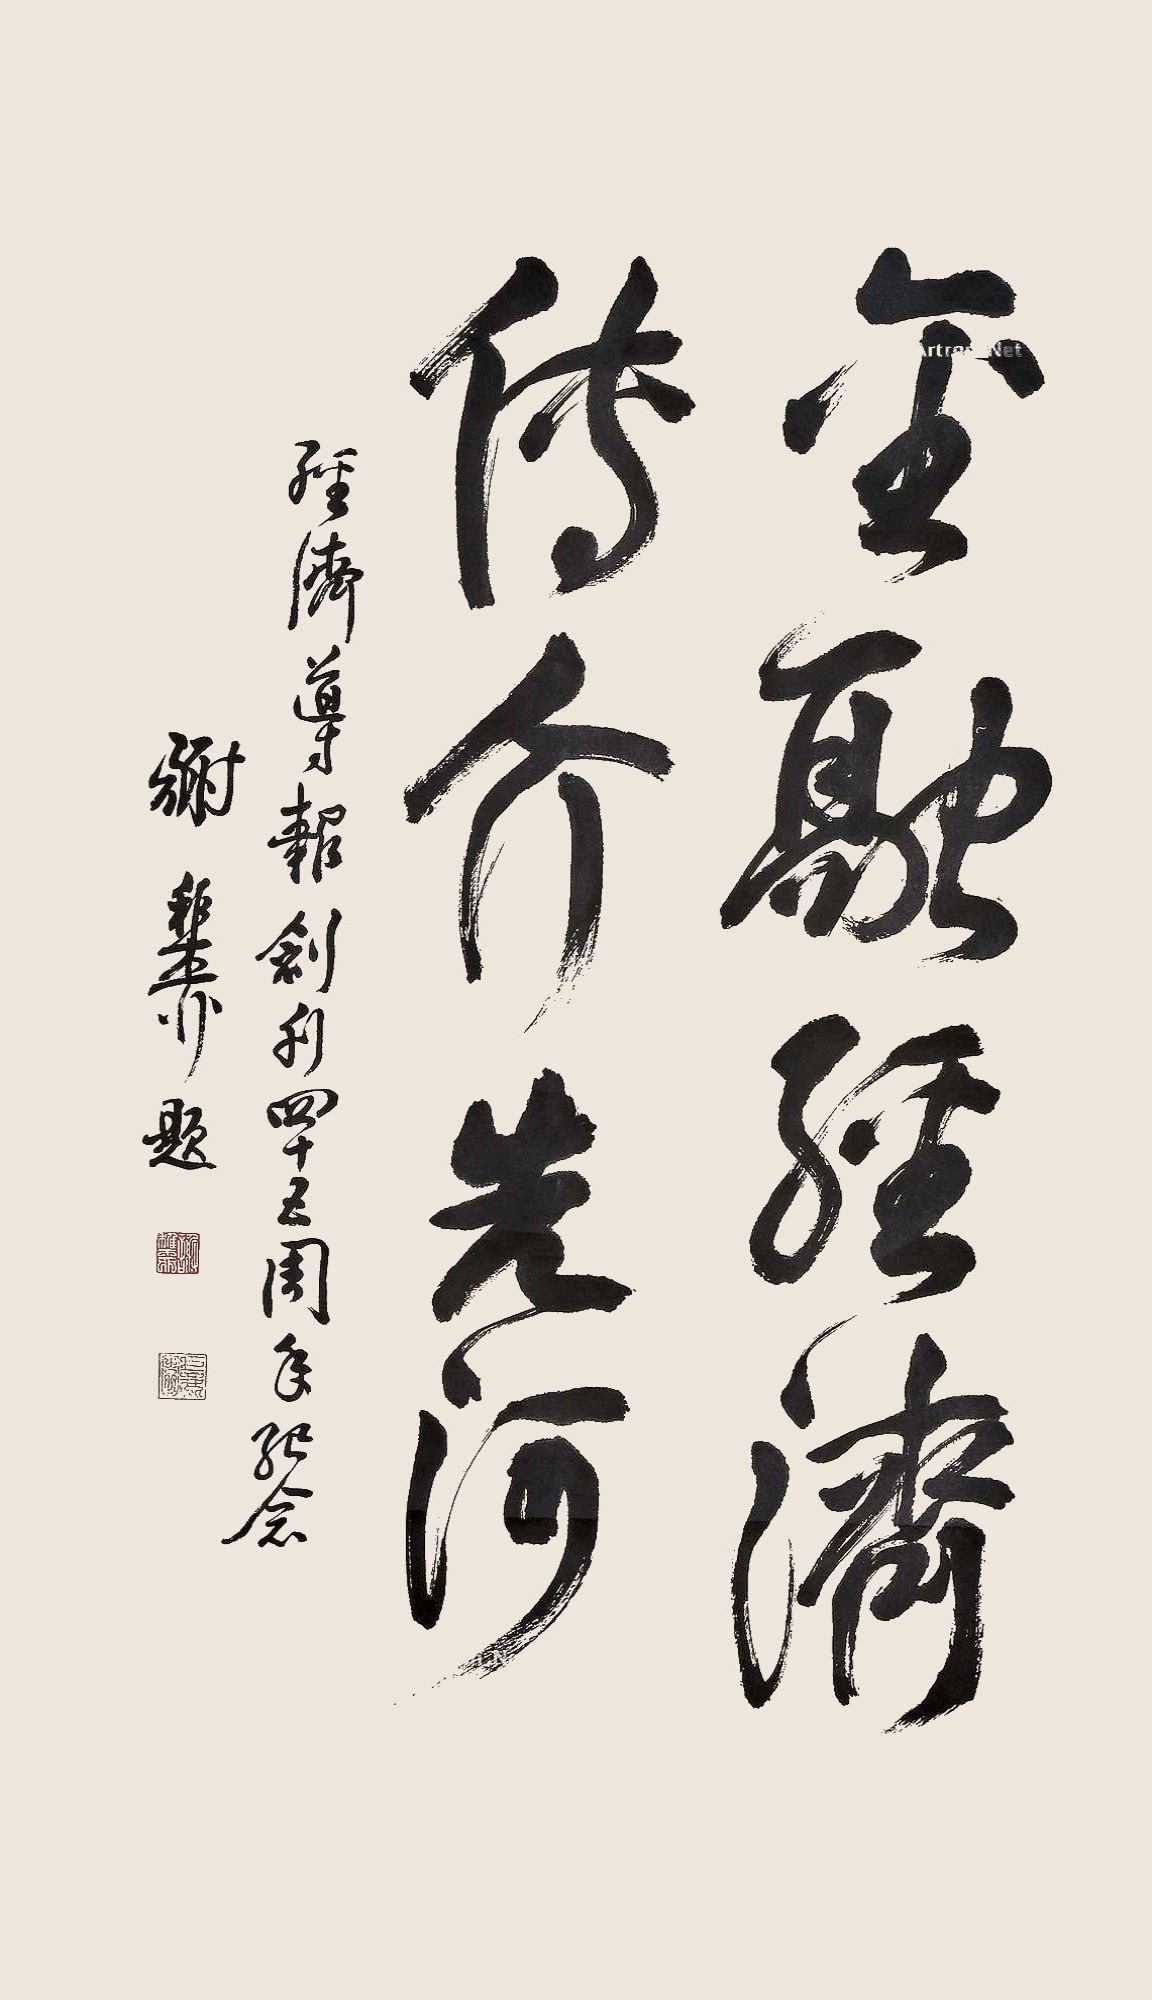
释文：金融经济传介先河。经济导报创刊四十五周年纪念，谢稚柳题。